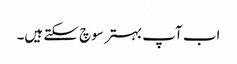
اب آپ بہتر سوچ سکتے ہیں۔